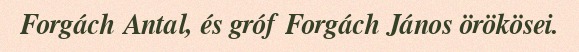
Forgách Antal, és gróf Forgách János örökösei.